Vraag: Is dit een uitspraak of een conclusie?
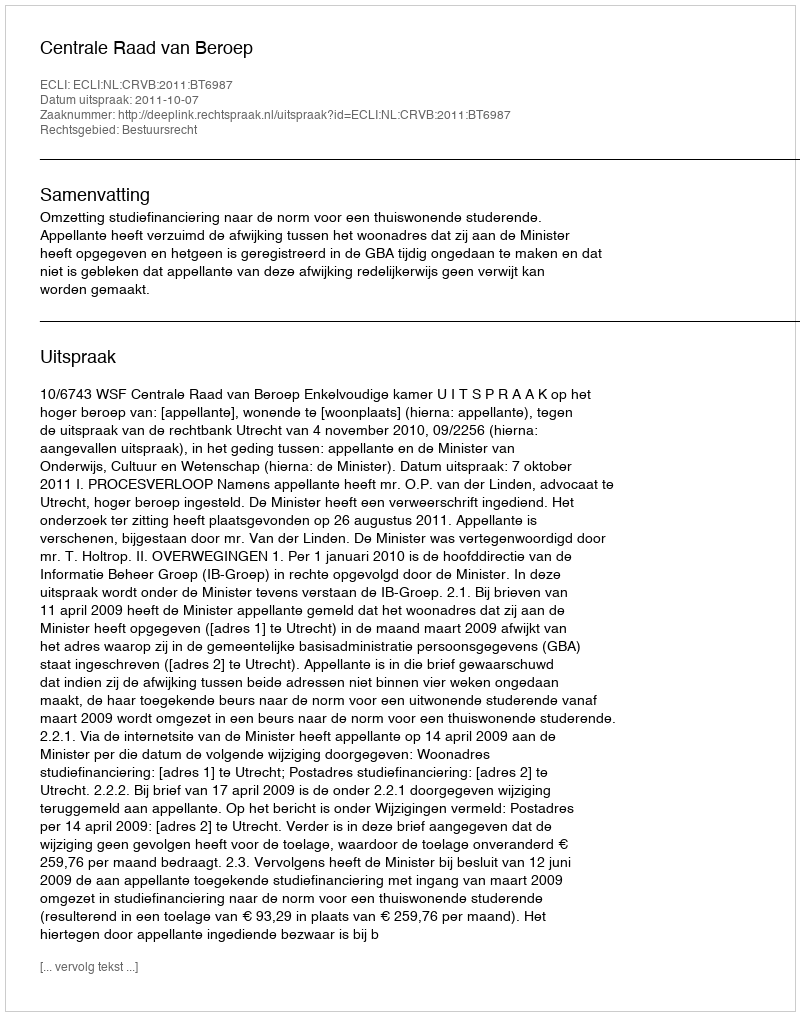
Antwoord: Uitspraak